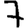
Digit: 7